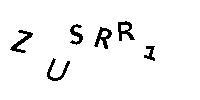
ZUSRR1